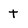
Character: t